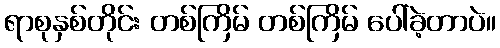
ရာစုနှစ်တိုင်း တစ်ကြိမ် တစ်ကြိမ် ပေါ်ခဲ့တာပဲ။